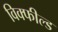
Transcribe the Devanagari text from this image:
विक्फील्ड